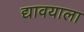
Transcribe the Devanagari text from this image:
द्यावयाला